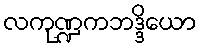
လကုဏ္ဍကဘဒ္ဒိယော